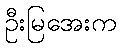
ဦးမြအေးက